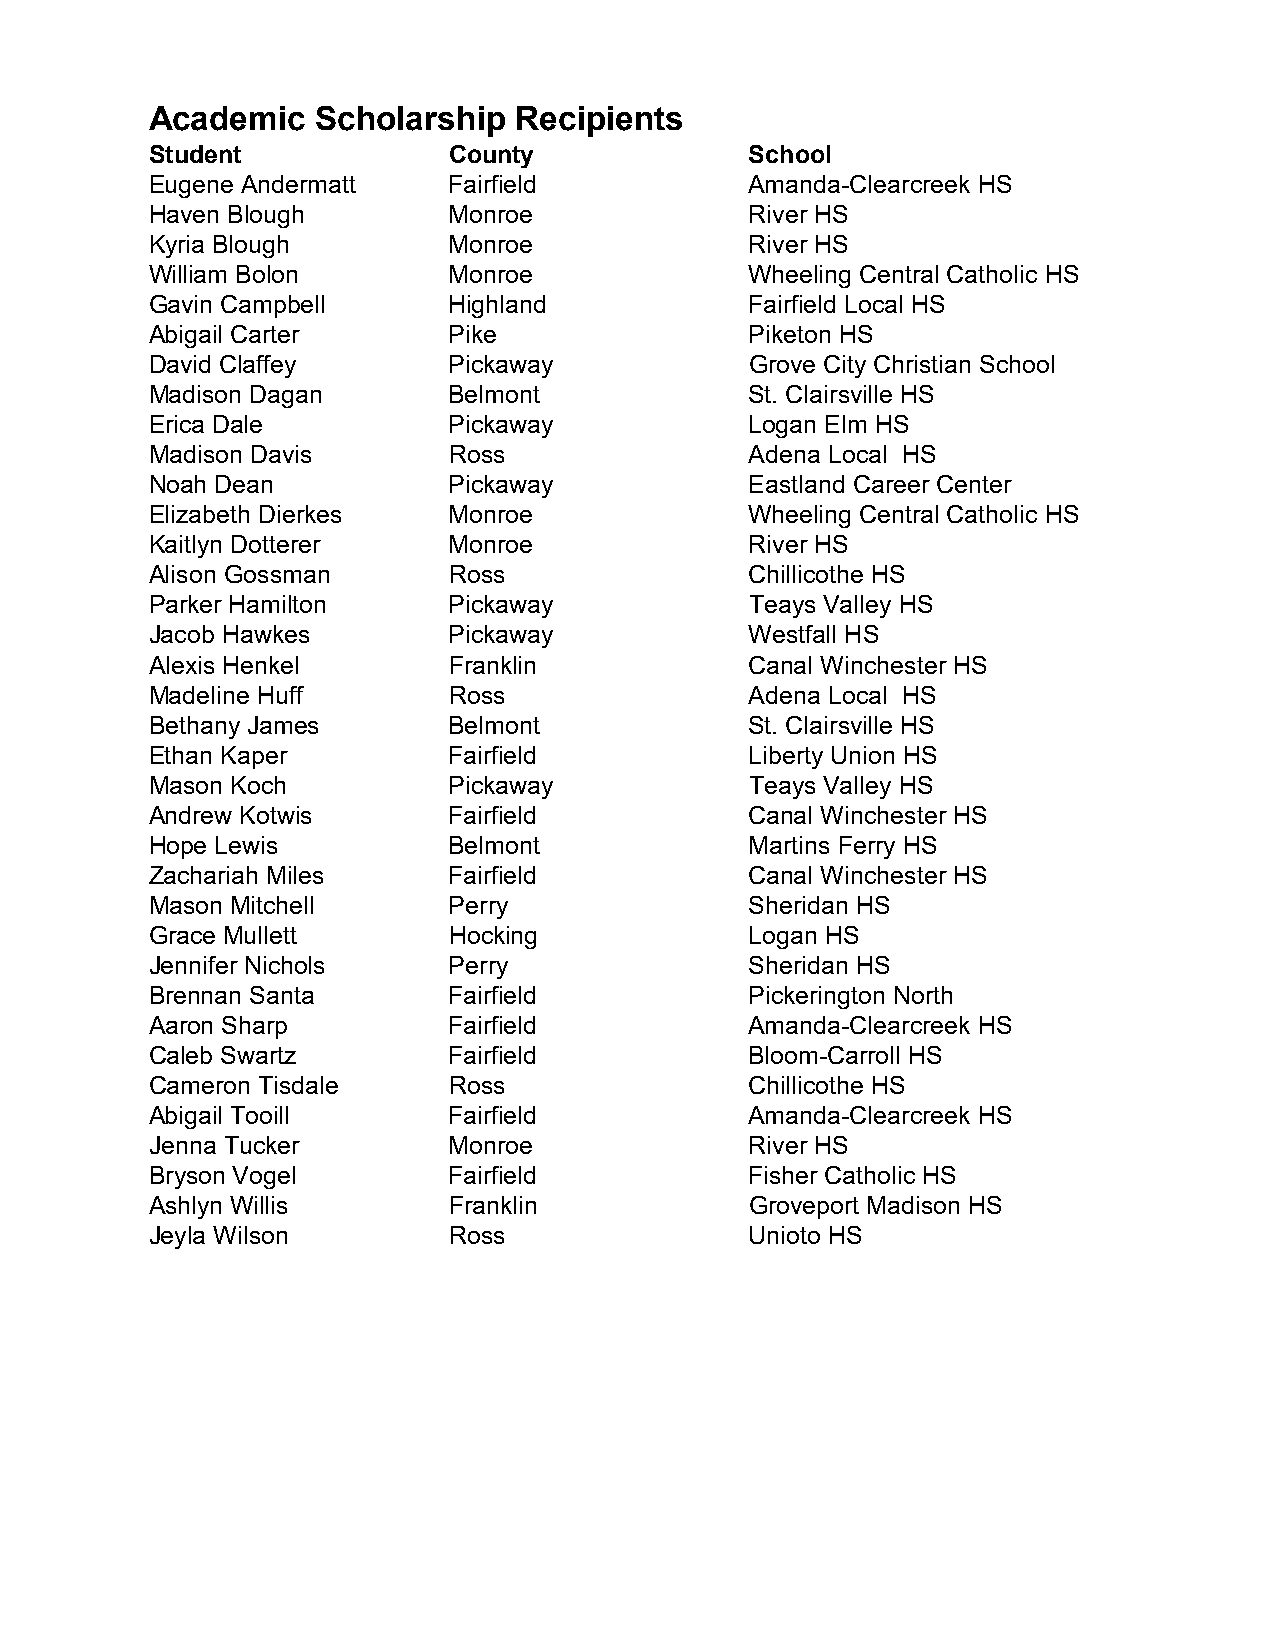
Academic   Scholarship  Recipients
 Student             County              School
 Eugene Andermatt    Fairfield           Amanda-Clearcreek HS
 Haven Blough        Monroe              River HS
 Kyria Blough        Monroe              River HS
 William Bolon       Monroe              Wheeling Central Catholic HS
 Gavin Campbell      Highland            Fairfield Local HS
 Abigail Carter      Pike                Piketon HS
 David Claffey       Pickaway            Grove City Christian School
 Madison Dagan       Belmont             St. Clairsville HS
 Erica Dale          Pickaway            Logan Elm HS
 Madison Davis       Ross                Adena Local HS
 Noah Dean           Pickaway            Eastland Career Center
 Elizabeth Dierkes   Monroe              Wheeling Central Catholic HS
 Kaitlyn Dotterer    Monroe              River HS
 Alison Gossman      Ross                Chillicothe HS
 Parker Hamilton     Pickaway            Teays Valley HS
 Jacob Hawkes        Pickaway            Westfall HS
 Alexis Henkel       Franklin            Canal Winchester HS
 Madeline Huff       Ross                Adena Local HS
 Bethany James       Belmont             St. Clairsville HS
 Ethan Kaper         Fairfield           Liberty Union HS
 Mason Koch          Pickaway            Teays Valley HS
 Andrew Kotwis       Fairfield           Canal Winchester HS
 Hope Lewis          Belmont             Martins Ferry HS
 Zachariah Miles     Fairfield           Canal Winchester HS
 Mason Mitchell      Perry               Sheridan HS
 Grace Mullett       Hocking             Logan HS
 Jennifer Nichols    Perry               Sheridan HS
 Brennan Santa       Fairfield           Pickerington North
 Aaron Sharp         Fairfield           Amanda-Clearcreek HS
 Caleb Swartz        Fairfield           Bloom-Carroll HS
 Cameron Tisdale     Ross                Chillicothe HS
 Abigail Tooill      Fairfield           Amanda-Clearcreek HS
 Jenna Tucker        Monroe              River HS
 Bryson Vogel        Fairfield           Fisher Catholic HS
 Ashlyn Willis       Franklin            Groveport Madison HS
 Jeyla Wilson        Ross                Unioto HS